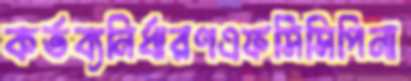
কর্তব্যনির্ধারণএফসিসিপিনা